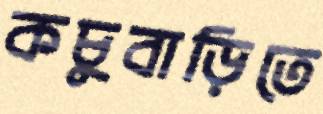
কচুবাড়িতে